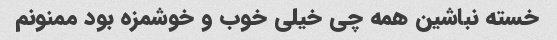
خسته نباشین همه چی خیلی خوب و خوشمزه بود ممنونم